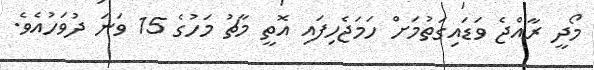
މޯދީ ރާއްޖެ ވަޑައިގަތުމަށް ހަމަޖެހިފައި އޮތީ މާޗު މަހުގެ 15 ވަނަ ދުވަހުއެވެ.